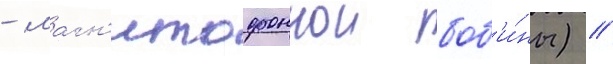
- магн'итофоннои боб'и́ны) //